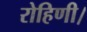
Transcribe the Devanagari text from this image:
रोहिणी।